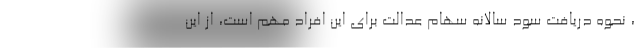
، نحوه دریافت سود سالانه سهام عدالت برای این افراد مهم است،‌ از این